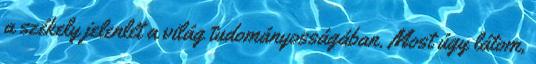
a székely jelenlét a világ tudományosságában. Most úgy látom,